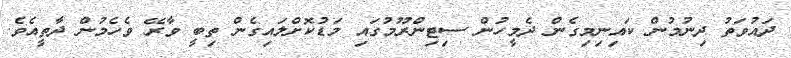
ދައުވަތު ދިނުމުން ކައިނިމިގެން ދެމީހުން ސިޓިންރޫމުގައި މަޑުކޮށްލައިގެން ތިބީ ވާރޭ ވެހެމުން ދާތީއެވެ.